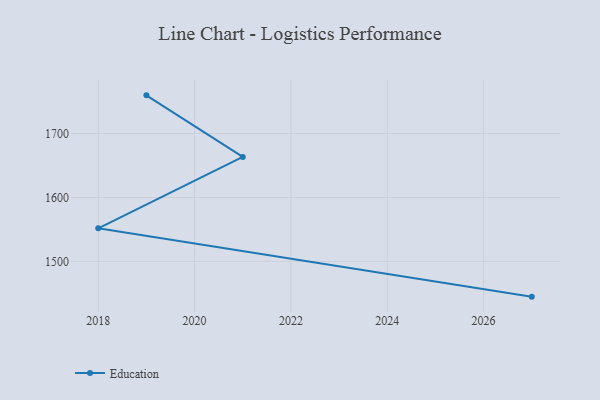
{"axis": {"x": "Year", "y": "Budget (USD K)"}, "legend": ["Education"], "data": [{"x": "2027", "y": 1444.9, "type": "Education"}, {"x": "2018", "y": 1551.8, "type": "Education"}, {"x": "2021", "y": 1663.4, "type": "Education"}, {"x": "2019", "y": 1759.7, "type": "Education"}]}